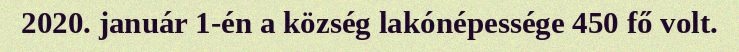
2020. január 1-én a község lakónépessége 450 fő volt.